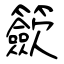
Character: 籨